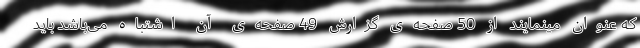
که عنوان مینمایند از 50 صفحه‌ی گزارش 49 صفحه‌ی آن اشتباه می‌باشد باید